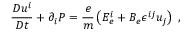
\frac { D u ^ { i } } { D t } + \partial _ { i } P = \frac { e } { m } \left( E _ { e } ^ { i } + B _ { e } \epsilon ^ { i j } u _ { j } \right) \; ,